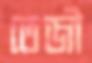
তেজী